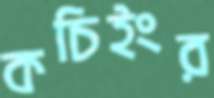
কচিইংর